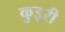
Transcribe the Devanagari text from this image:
कुइरी